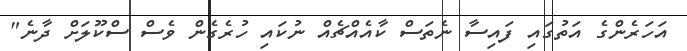
އަހަރެންގެ އަތުގައި ފައިސާ ނެތަސް ކާއެއްޗެއް ނުކައި ހުރެގެން ވެސް ސްކޫލަށް ދާނެ"